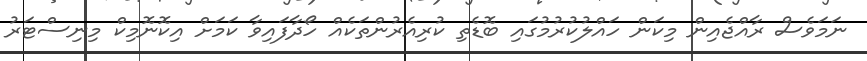
ނަމަވެސް ރާއްޖެއިން މިކަން ހައްލުކުރުމުގައި ބޮޑެތި ކުރިއެރުންތަކެއް ހޯދާފައިވާ ކަމަށް އިކޮނޮމިކް މިނިސްޓަރު